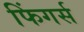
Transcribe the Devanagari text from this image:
फिंगर्स